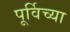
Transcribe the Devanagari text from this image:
पूर्विच्या